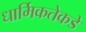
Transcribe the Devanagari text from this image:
धार्मिकतेकडे